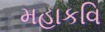
મહાકવિ